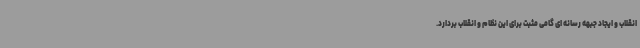
انقلاب و ایجاد جبهه رسانه ای گامی مثبت برای این نظام و انقلاب بردارد.